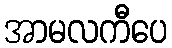
အာမလကီပေ